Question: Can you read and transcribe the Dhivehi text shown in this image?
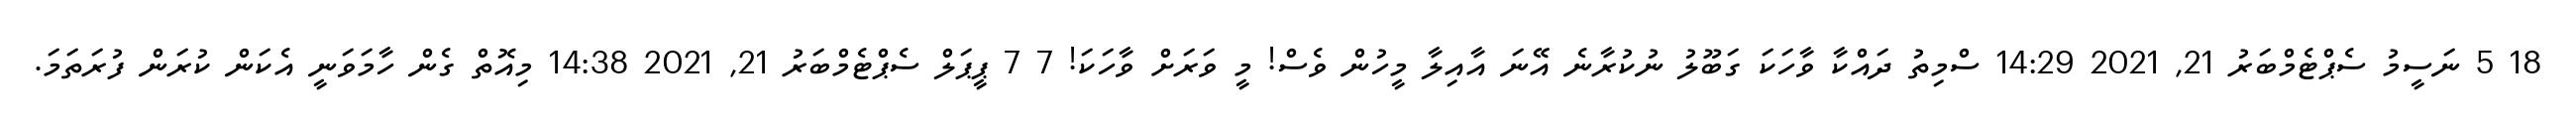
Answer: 18 5 ނަސީމު ސެޕްޓެމްބަރު 21, 2021 14:29 ސްމިތު ދައްކާ ވާހަކަ ގަބޫލު ނުކުރާނެ އޭނަ އާއިލާ މީހުން ވެސް! މީ ވަރަށް ވާހަކަ! 7 7 ޕީޕަލް ސެޕްޓެމްބަރު 21, 2021 14:38 މިއޮތް ގެން ހާމަވަނީ އެކަން ކުރަން ފުރަތަމަ.